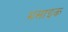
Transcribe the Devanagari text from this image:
मसाइक